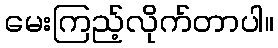
မေးကြည့်လိုက်တာပါ။